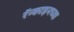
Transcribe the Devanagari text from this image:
रॅन्काइनच्या